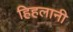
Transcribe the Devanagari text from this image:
हिहलानी